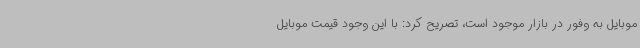
موبایل به وفور در بازار موجود است، تصریح کرد: با این وجود قیمت موبایل